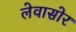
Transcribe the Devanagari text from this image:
लेवासोर